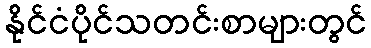
နိုင်ငံပိုင်သတင်းစာများတွင်